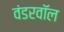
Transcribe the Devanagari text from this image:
वंडरवॉल